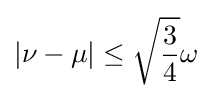
|\nu -\mu |\leq {\sqrt {\frac {3}{4}}}\omega